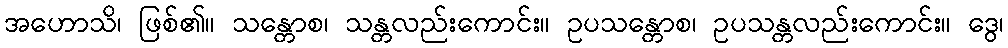
အဟောသိ၊ ဖြစ်၏။ သန္တောစ၊ သန္တလည်းကောင်း။ ဥပသန္တောစ၊ ဥပသန္တလည်းကောင်း။ ဒွေ၊